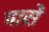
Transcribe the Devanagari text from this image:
मासें